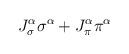
LaTeX: \begin{align*}J_\sigma^\alpha \sigma^\alpha+ J_\pi^\alpha \pi^\alpha\end{align*}